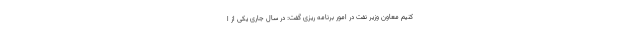
کنیم معاون وزیر نفت در امور برنامه ریزی گفت: در سال جاری یکی از ا